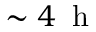
\sim 4 \, \textrm { h }